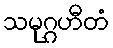
သမုဂ္ဂဟီတံ